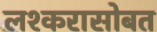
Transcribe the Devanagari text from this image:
लश्करासोबत